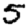
Digit: 5